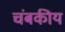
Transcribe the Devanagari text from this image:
चंबकीय